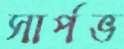
সার্পভ